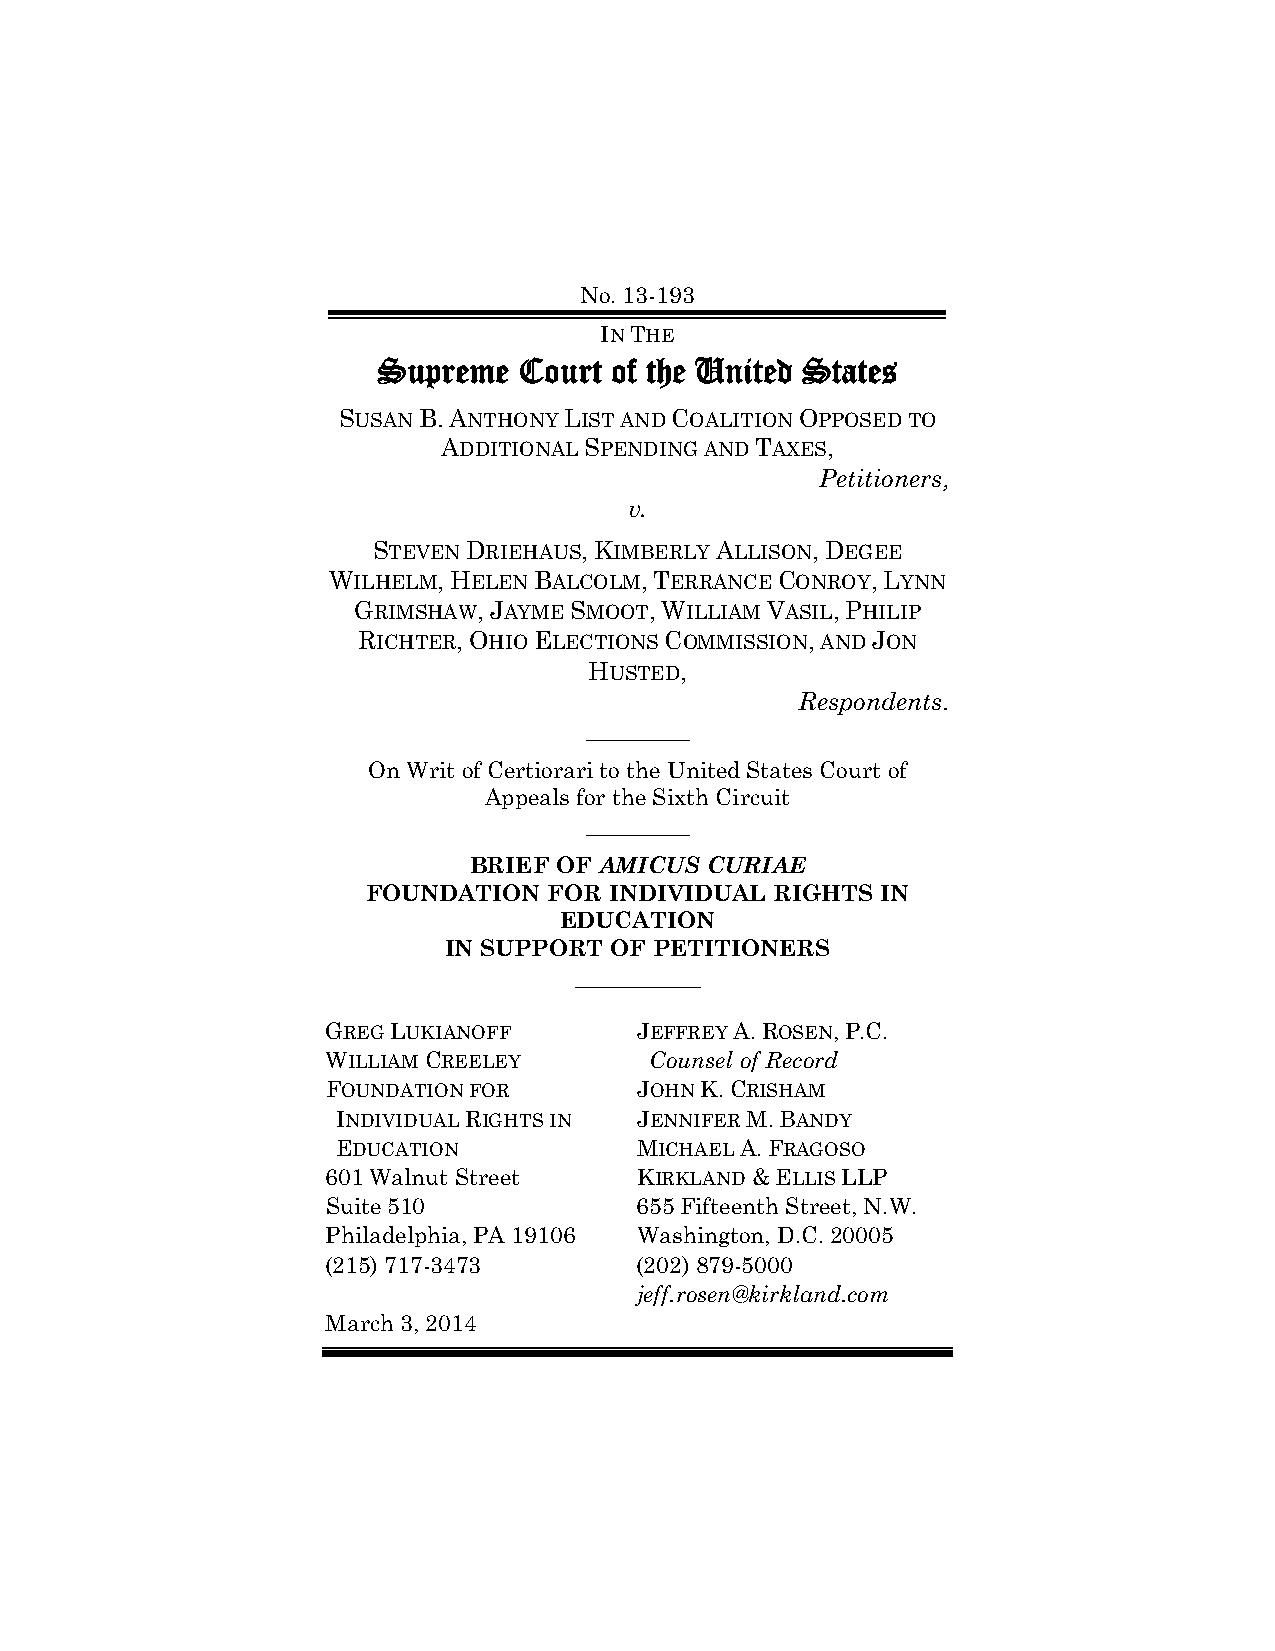
No. 13-193
 IN THE
 Supreme  Court of the United States
 SUSAN B. ANTHONY LIST AND COALITION OPPOSED TO
 ADDITIONAL SPENDING AND TAXES,
 Petitioners,
 v.
 STEVEN DRIEHAUS, KIMBERLY ALLISON, DEGEE
 WILHELM, HELEN BALCOLM, TERRANCE CONROY, LYNN
 GRIMSHAW, JAYME SMOOT, WILLIAM VASIL, PHILIP
 RICHTER, OHIO ELECTIONS COMMISSION, AND JON
 HUSTED,
 Respondents.
 _________
 On Writ of Certiorari to the United States Court of
 Appeals for the Sixth Circuit
 _________
 BRIEF OF AMICUS CURIAE
 FOUNDATION  FOR INDIVIDUAL RIGHTS IN
 EDUCATION
 IN SUPPORT OF PETITIONERS
 __________
 GREG LUKIANOFF      JEFFREY A. ROSEN, P.C.
 WILLIAM CREELEY      Counsel of Record
 FOUNDATION FOR      JOHN K. CRISHAM
 INDIVIDUAL RIGHTS IN JENNIFER M. BANDY
 EDUCATION           MICHAEL A. FRAGOSO
 601 Walnut Street   KIRKLAND & ELLIS LLP
 Suite 510           655 Fifteenth Street, N.W.
 Philadelphia, PA 19106 Washington, D.C. 20005
 (215) 717-3473      (202) 879-5000
 jeff.rosen@kirkland.com
 March 3, 2014